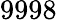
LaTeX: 9998